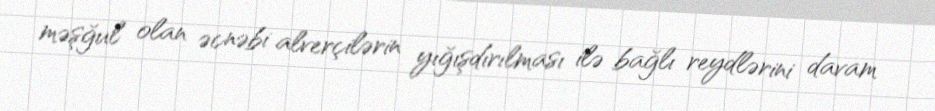
məşğul olan əcnəbi alverçilərin yığışdırılması ilə bağlı reydlərini davam